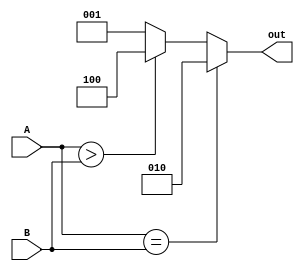
module comparator_4bit (A, B, out);
    input signed [3:0] A;
    input signed [3:0] B;
    output [2:0] out;
    reg [2:0] out;

    always@(A or B) begin
        if (A == B) out = 3'b010;
        else if (A > B) out = 3'b100;
        else out = 3'b001;
    end
endmodule

module testbench;
    reg signed [3:0] A;
    reg signed [3:0] B;
    wire [2:0] out;

    comparator_4bit comp (A, B, out);

    initial
        begin
            $monitor($time, " A=%d, B=%d | A>B = %b, A==B = %b, A<B = %b", A, B, out[2], out[1], out[0]);
            #0 A=4'd0; B=4'd0;
            #1 A=-4'd8; B=-4'd5;
            #1 A=4'd2; B=4'd7;
            #1 A=4'd5; B=-4'd1;
        end
endmodule